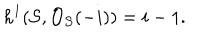
h ^ { 1 } ( { \cal S } , { \cal O } _ { { \cal S } } ( - i ) ) = i - 1 .